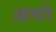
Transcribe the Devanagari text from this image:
आथरे